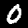
Label: 0